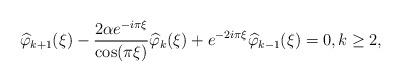
LaTeX: \begin{align*}\widehat{\varphi}_{k+1}(\xi) - \frac{2\alpha e^{-i\pi\xi}}{\cos(\pi\xi)}\widehat{\varphi}_k(\xi)+e^{-2i\pi\xi}\widehat{\varphi}_{k-1}(\xi) = 0, k \geq 2,\end{align*}